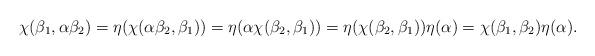
LaTeX: \begin{align*}\chi(\beta_{1},\alpha\beta_{2})=\eta(\chi(\alpha\beta_{2},\beta_{1}))=\eta(\alpha\chi(\beta_{2},\beta_{1}))=\eta(\chi(\beta_{2},\beta_{1}))\eta(\alpha)=\chi(\beta_{1},\beta_{2})\eta(\alpha).\end{align*}